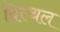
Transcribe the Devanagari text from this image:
विस्थल